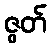
ဇွတ်